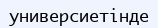
универсиетінде